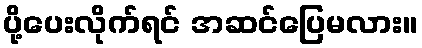
ပို့ပေးလိုက်ရင် အဆင်ပြေမလား။